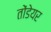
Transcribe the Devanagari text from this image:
तोंडेयर